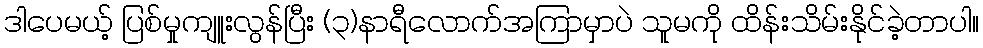
ဒါပေမယ့် ပြစ်မှုကျူးလွန်ပြီး (၃)နာရီလောက်အကြာမှာပဲ သူမကို ထိန်းသိမ်းနိုင်ခဲ့တာပါ။